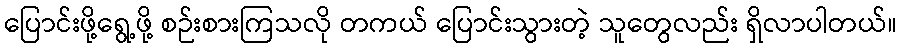
ပြောင်းဖို့ရွေ့ဖို့ စဉ်းစားကြသလို တကယ် ပြောင်းသွားတဲ့ သူတွေလည်း ရှိလာပါတယ်။